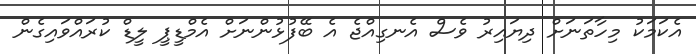
އެކަމަކު މިހާތަނަށް ދިޔައިރު ވެސް އެނގިއްޖެ އެ ބޭފުޅުންނަށް އެމްޑީޕީ ލީޑް ކުރައްވައިގެން